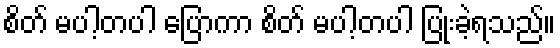
စိတ် မပါ့တပါ ပြောကာ စိတ် မပါ့တပါ ပြုံးခဲ့ရသည်။